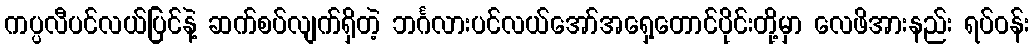
ကပ္ပလီပင်လယ်ပြင်နဲ့ ဆက်စပ်လျက်ရှိတဲ့ ဘင်္ဂလားပင်လယ်အော်အရှေ့တောင်ပိုင်းတို့မှာ လေဖိအားနည်း ရပ်ဝန်း